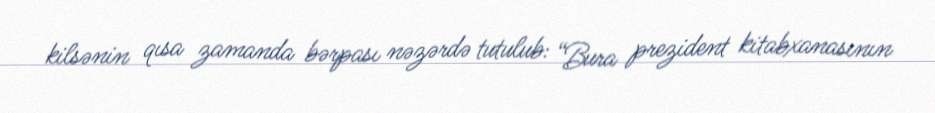
kilsənin qısa zamanda bərpası nəzərdə tutulub: “Bura prezident kitabxanasının